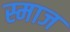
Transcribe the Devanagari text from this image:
स्माज